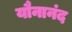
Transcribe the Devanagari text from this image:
यौनानंद